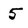
Character: 5